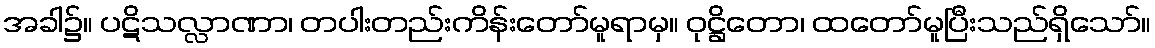
အခါ၌။ ပဋိသလ္လာဏာ၊ တပါးတည်းကိန်းတော်မူရာမှ။ ဝုဋ္ဌိတော၊ ထတော်မူပြီးသည်ရှိသော်။